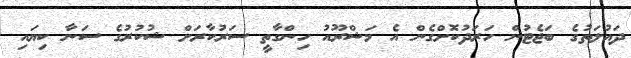
ދައުލަތުގެ ބަޖެޓުން ހަރަދުކޮށްގެން އެ މަޝްރޫއު ހިންގާތީ ސަރުކާރަށް ޝުކުރުގެ ސަނާ ކިޔައި